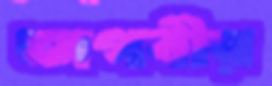
জগবীর